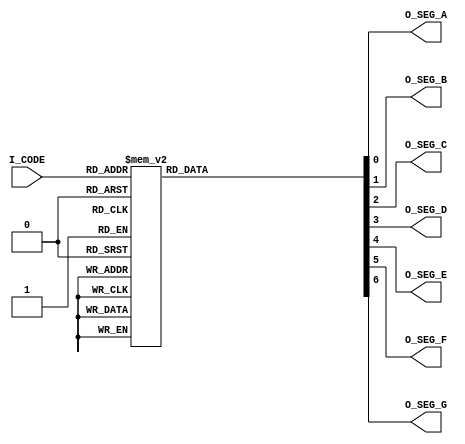
module CATHODE_DC(
		input [3:0] I_CODE, // Input HEX-Digit
		output reg O_SEG_A, // Segment-A Active High
		output reg O_SEG_B, // Segment-B Active High
		output reg O_SEG_C, // Segment-C Active High
		output reg O_SEG_D, // Segment-D Active High
		output reg O_SEG_E, // Segment-E Active High
		output reg O_SEG_F, // Segment-F Active High
		output reg O_SEG_G  // Segment-G Active High
);

//-----------------------------------------// Decoder Comb. Logic:
always @ (I_CODE)
	case(I_CODE)
		4'h0:
		begin
			O_SEG_A <= 1'b1;
			O_SEG_B <= 1'b1;
			O_SEG_C <= 1'b1;
			O_SEG_D <= 1'b1;
			O_SEG_E <= 1'b1;
			O_SEG_F <= 1'b1;
			O_SEG_G <= 1'b0;
		end
		4'h1:
		begin
			O_SEG_A <= 1'b0;
			O_SEG_B <= 1'b1;
			O_SEG_C <= 1'b1;
			O_SEG_D <= 1'b0;
			O_SEG_E <= 1'b0;
			O_SEG_F <= 1'b0;
			O_SEG_G <= 1'b0;
		end
		4'h2:
		begin
			O_SEG_A <= 1'b1;
			O_SEG_B <= 1'b1;
			O_SEG_C <= 1'b0;
			O_SEG_D <= 1'b1;
			O_SEG_E <= 1'b1;
			O_SEG_F <= 1'b0;
			O_SEG_G <= 1'b1;
		end
		4'h3:
		begin
			O_SEG_A <= 1'b1;
			O_SEG_B <= 1'b1;
			O_SEG_C <= 1'b1;
			O_SEG_D <= 1'b1;
			O_SEG_E <= 1'b0;
			O_SEG_F <= 1'b0;
			O_SEG_G <= 1'b1;
		end
		4'h4:
		begin
			O_SEG_A <= 1'b0;
			O_SEG_B <= 1'b1;
			O_SEG_C <= 1'b1;
			O_SEG_D <= 1'b0;
			O_SEG_E <= 1'b0;
			O_SEG_F <= 1'b1;
			O_SEG_G <= 1'b1;
		end
		4'h5:
		begin
			O_SEG_A <= 1'b1;
			O_SEG_B <= 1'b0;
			O_SEG_C <= 1'b1;
			O_SEG_D <= 1'b1;
			O_SEG_E <= 1'b0;
			O_SEG_F <= 1'b1;
			O_SEG_G <= 1'b1;
		end
		4'h6:
		begin
			O_SEG_A <= 1'b1;
			O_SEG_B <= 1'b0;
			O_SEG_C <= 1'b1;
			O_SEG_D <= 1'b1;
			O_SEG_E <= 1'b1;
			O_SEG_F <= 1'b1;
			O_SEG_G <= 1'b1;
		end
		4'h7:
		begin
			O_SEG_A <= 1'b1;
			O_SEG_B <= 1'b1;
			O_SEG_C <= 1'b1;
			O_SEG_D <= 1'b0;
			O_SEG_E <= 1'b0;
			O_SEG_F <= 1'b0;
			O_SEG_G <= 1'b0;
		end
		4'h8:
		begin
			O_SEG_A <= 1'b1;
			O_SEG_B <= 1'b1;
			O_SEG_C <= 1'b1;
			O_SEG_D <= 1'b1;
			O_SEG_E <= 1'b1;
			O_SEG_F <= 1'b1;
			O_SEG_G <= 1'b1;
		end
		4'h9:
		begin
			O_SEG_A <= 1'b1;
			O_SEG_B <= 1'b1;
			O_SEG_C <= 1'b1;
			O_SEG_D <= 1'b1;
			O_SEG_E <= 1'b0;
			O_SEG_F <= 1'b1;
			O_SEG_G <= 1'b1;
		end
		4'hA:
		begin
			O_SEG_A <= 1'b1;
			O_SEG_B <= 1'b1;
			O_SEG_C <= 1'b1;
			O_SEG_D <= 1'b0;
			O_SEG_E <= 1'b1;
			O_SEG_F <= 1'b1;
			O_SEG_G <= 1'b1;
		end
		4'hB:
		begin
			O_SEG_A <= 1'b0;
			O_SEG_B <= 1'b0;
			O_SEG_C <= 1'b1;
			O_SEG_D <= 1'b1;
			O_SEG_E <= 1'b1;
			O_SEG_F <= 1'b1;
			O_SEG_G <= 1'b1;
		end
		4'hC:
		begin
			O_SEG_A <= 1'b1;
			O_SEG_B <= 1'b0;
			O_SEG_C <= 1'b0;
			O_SEG_D <= 1'b1;
			O_SEG_E <= 1'b1;
			O_SEG_F <= 1'b1;
			O_SEG_G <= 1'b0;
		end
		4'hD:
		begin
			O_SEG_A <= 1'b0;
			O_SEG_B <= 1'b1;
			O_SEG_C <= 1'b1;
			O_SEG_D <= 1'b1;
			O_SEG_E <= 1'b1;
			O_SEG_F <= 1'b0;
			O_SEG_G <= 1'b1;
		end
		4'hE:
		begin
			O_SEG_A <= 1'b1;
			O_SEG_B <= 1'b0;
			O_SEG_C <= 1'b0;
			O_SEG_D <= 1'b1;
			O_SEG_E <= 1'b1;
			O_SEG_F <= 1'b1;
			O_SEG_G <= 1'b1;
		end
		default:
		begin
			O_SEG_A <= 1'b1;
			O_SEG_B <= 1'b0;
			O_SEG_C <= 1'b0;
			O_SEG_D <= 1'b0;
			O_SEG_E <= 1'b1;
			O_SEG_F <= 1'b1;
			O_SEG_G <= 1'b1;
		end
	endcase
//----------------------------------------

endmodule